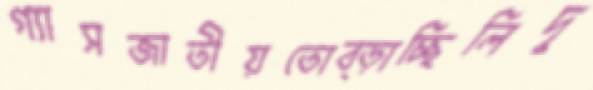
গ্যাসজাতীয়তোব্‌ড়াচ্ছিলিদু